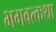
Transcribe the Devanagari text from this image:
भगवत्कथा